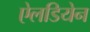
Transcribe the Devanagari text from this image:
ऐलडियेन